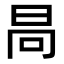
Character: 𣅻